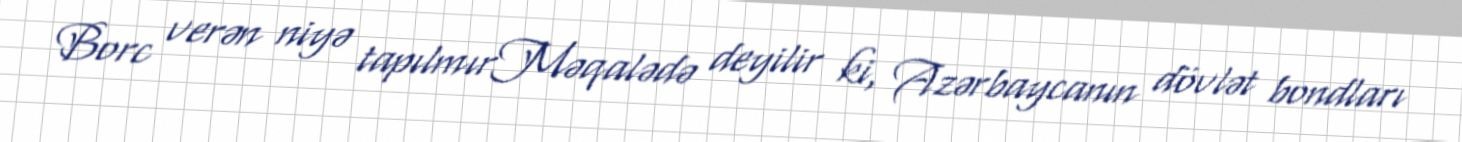
Borc verən niyə tapılmırMəqalədə deyilir ki, Azərbaycanın dövlət bondları